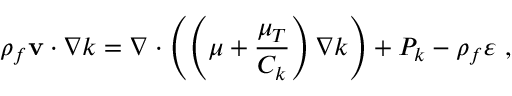
\rho _ { f } { { { \mathbf { v } } } \cdot \nabla } k = \nabla \cdot \left( \left( \mu + \frac { \mu _ { T } } { C _ { k } } \right) \nabla k \right) + P _ { k } - \rho _ { f } \varepsilon \mathrm { ~ , ~ }